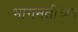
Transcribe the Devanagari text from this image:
भागमतीच्या